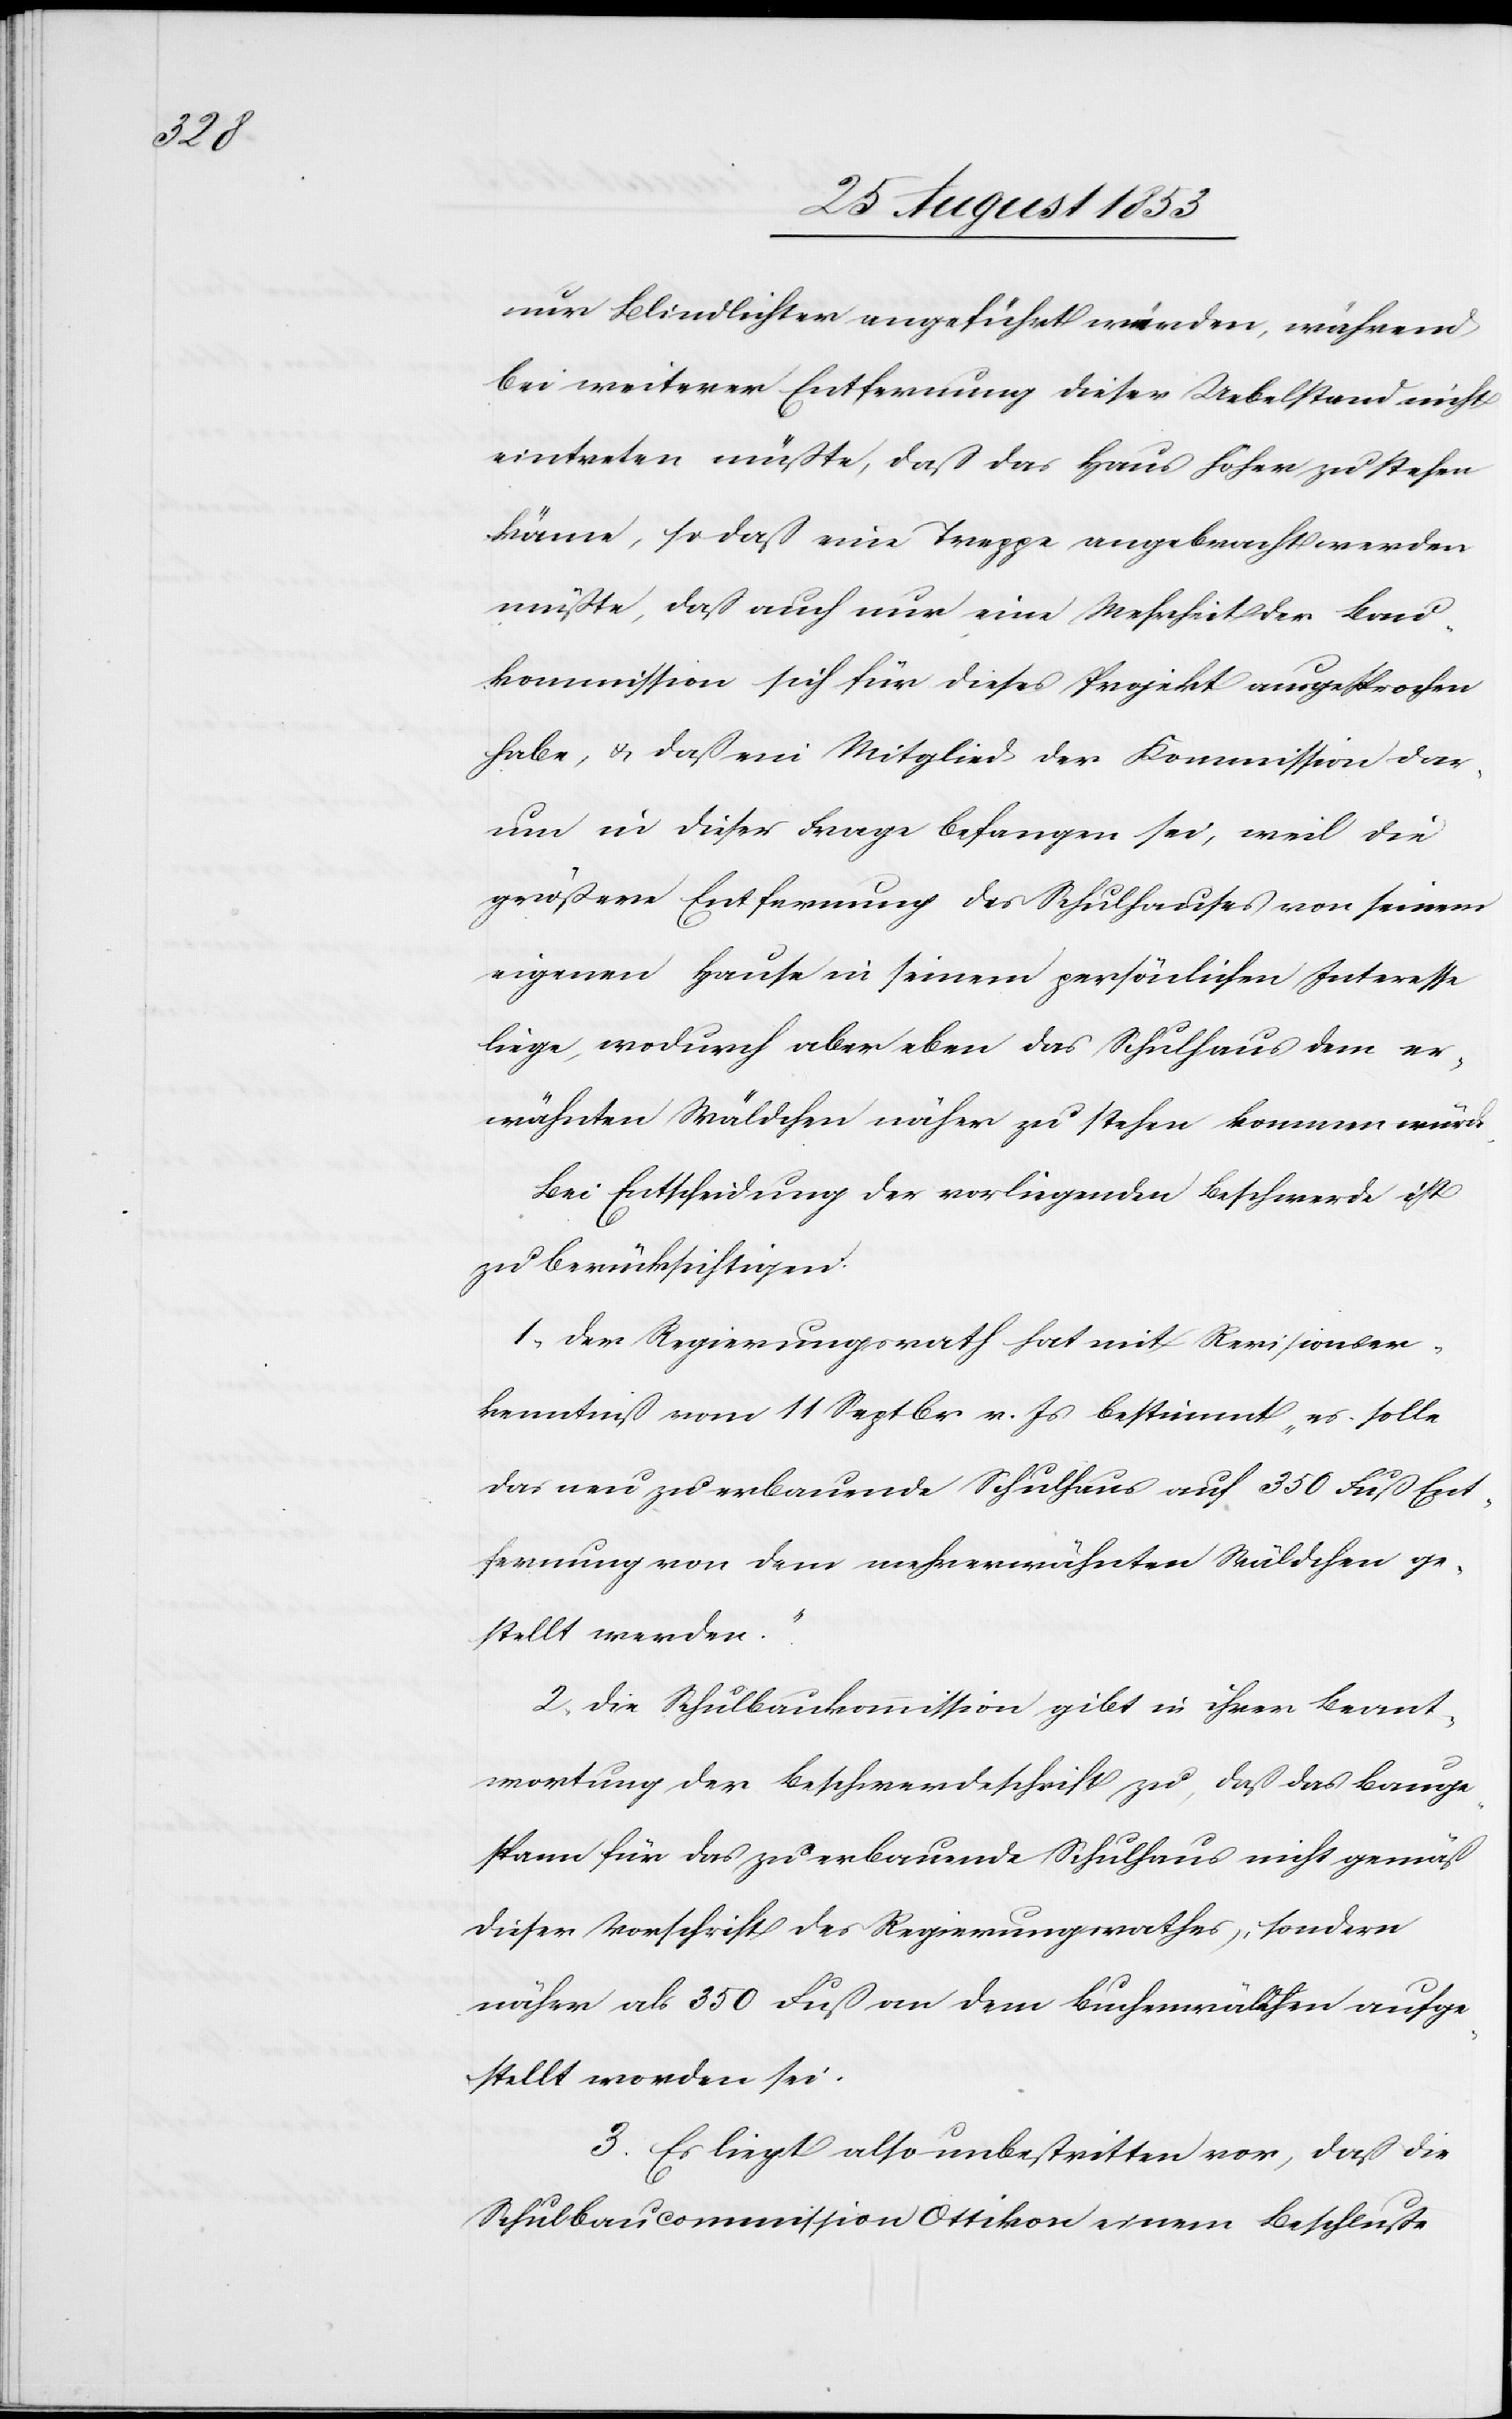
nur Blindlichter angeführt würden, während
bei weiterer Entfernung dieser Uebelstand nicht
eintreten müßte, daß das Haus höher zu stehen
käme, so daß eine Treppe angebracht werden
müßte, da auch nur eine Mehrheit der Bau¬
kommission sich für diese Projekt ausgesprochen
habe, u. daß ein Mitglied der Kommission dar¬
um in dieser Frage befangen sei, weil die
größere Entfernung des Schulhauses von seinem
eigenen Hause in seinem persönlichen Interesse
liege, wodurch aber eben das Schulhaus dem er¬
wähnten Wäldchen näher zu stehen kommen würde.
Bei Entscheidung der vorliegenden Beschwerde ist
zu berücksichtigen:
1, Der Regierungsrath hat mit Revisionser¬
kenntniß vom 11 Septbr. v. Js. bestimmt „es solle
das neu zu erbauende Schulhaus auf 350 Fuß Ent¬
fernung von dem mehrerwähnten Wäldchen ge¬
stellt werden.“
2, Die Schulbaukommission gibt in ihrer Beant¬
wortung der Beschwerdeschrift zu, daß das Bauge¬
spann für das zu erbauende Schulhaus nicht gemäß
dieser Vorschrift des Regierungsrathes, sondern
näher als 350 Fuß an dem Buchenwäldchen aufge¬
stellt worden sei.
3, Es liegt also unbestritten vor, da die
Schulbaucommission Ottikon einen Beschluß